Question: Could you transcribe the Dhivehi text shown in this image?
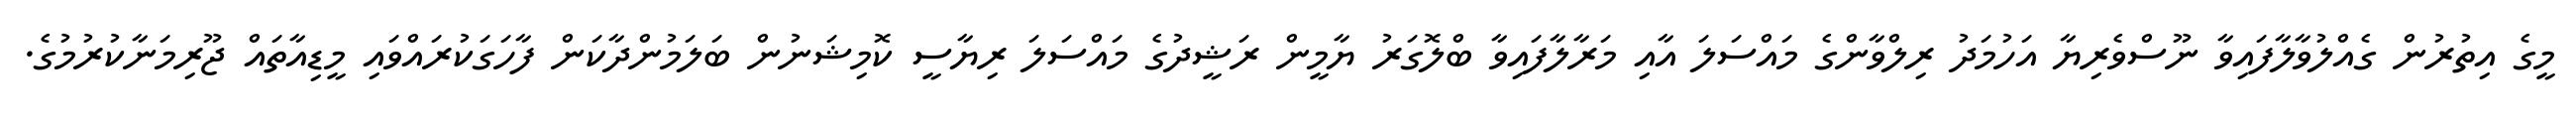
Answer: މީގެ އިތުރުން ގެއްލުވާލާފައިވާ ނޫސްވެރިޔާ އަހުމަދު ރިލްވާންގެ މައްސަލަ އާއި މަރާލާފައިވާ ބްލޮގަރު ޔާމީން ރަޝީދުގެ މައްސަލަ ރިޔާސީ ކޮމިޝަނުން ބަލަމުންދާކަން ފާހަގަކުރައްވައި މީޑިއާތައް ޖޫރިމަނާކުރުމުގެ.